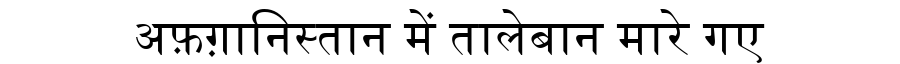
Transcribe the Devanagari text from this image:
अफ़ग़ानिस्तान में तालेबान मारे गए